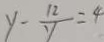
y - \frac { 1 2 } { y } = 4